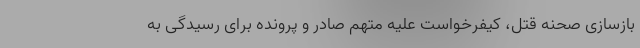
بازسازی صحنه قتل، کیفرخواست علیه متهم صادر و پرونده برای رسیدگی به